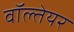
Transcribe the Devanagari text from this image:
वॉल्तेयर